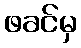
ဖခင်မှ